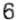
6